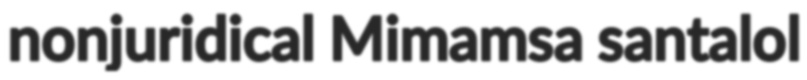
nonjuridical Mimamsa santalol